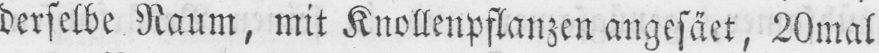
derselbe Raum, mit Knollenpflanzen angesäet, 20mal